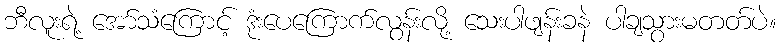
ဘီလူးရဲ့ အော်သံကြောင့် ဒုံးပေကြောက်လွန်းလို့ သေးပါဖျန်းခနဲ ပါချသွားမတတ်ပဲ။